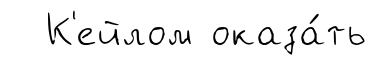
К'ейлом оказа́ть